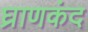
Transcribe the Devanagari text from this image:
घ्राणकंद